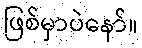
ဖြစ်မှာပဲနော်။